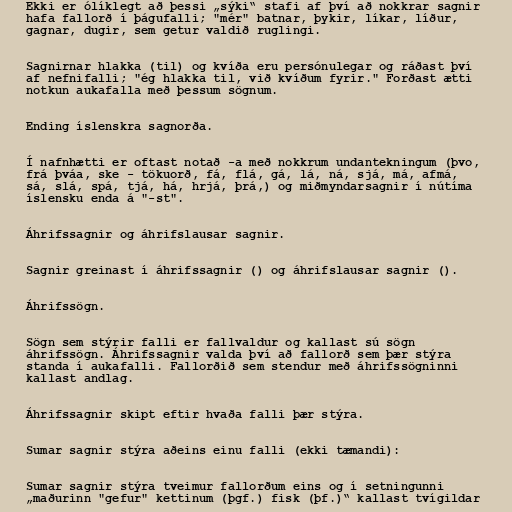
Ekki er ólíklegt að þessi „sýki“ stafi af því að nokkrar sagnir
hafa fallorð í þágufalli; "mér" batnar, þykir, líkar, líður,
gagnar, dugir, sem getur valdið ruglingi.

Sagnirnar hlakka (til) og kvíða eru persónulegar og ráðast því
af nefnifalli; "ég hlakka til, við kvíðum fyrir." Forðast ætti
notkun aukafalla með þessum sögnum.

Ending íslenskra sagnorða.

Í nafnhætti er oftast notað -a með nokkrum undantekningum (þvo,
frá þváa, ske - tökuorð, fá, flá, gá, lá, ná, sjá, má, afmá,
sá, slá, spá, tjá, há, hrjá, þrá,) og miðmyndarsagnir í nútíma
íslensku enda á "-st".

Áhrifssagnir og áhrifslausar sagnir.

Sagnir greinast í áhrifssagnir () og áhrifslausar sagnir ().

Áhrifssögn.

Sögn sem stýrir falli er fallvaldur og kallast sú sögn
áhrifssögn. Áhrifssagnir valda því að fallorð sem þær stýra
standa í aukafalli. Fallorðið sem stendur með áhrifssögninni
kallast andlag.

Áhrifssagnir skipt eftir hvaða falli þær stýra.

Sumar sagnir stýra aðeins einu falli (ekki tæmandi):

Sumar sagnir stýra tveimur fallorðum eins og í setningunni
„maðurinn "gefur" kettinum (þgf.) fisk (þf.)“ kallast tvígildar